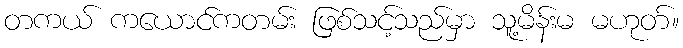
တကယ် ကယောင်ကတမ်း ဖြစ်သင့်သည်မှာ သူ့မိန်းမ မဟုတ်။